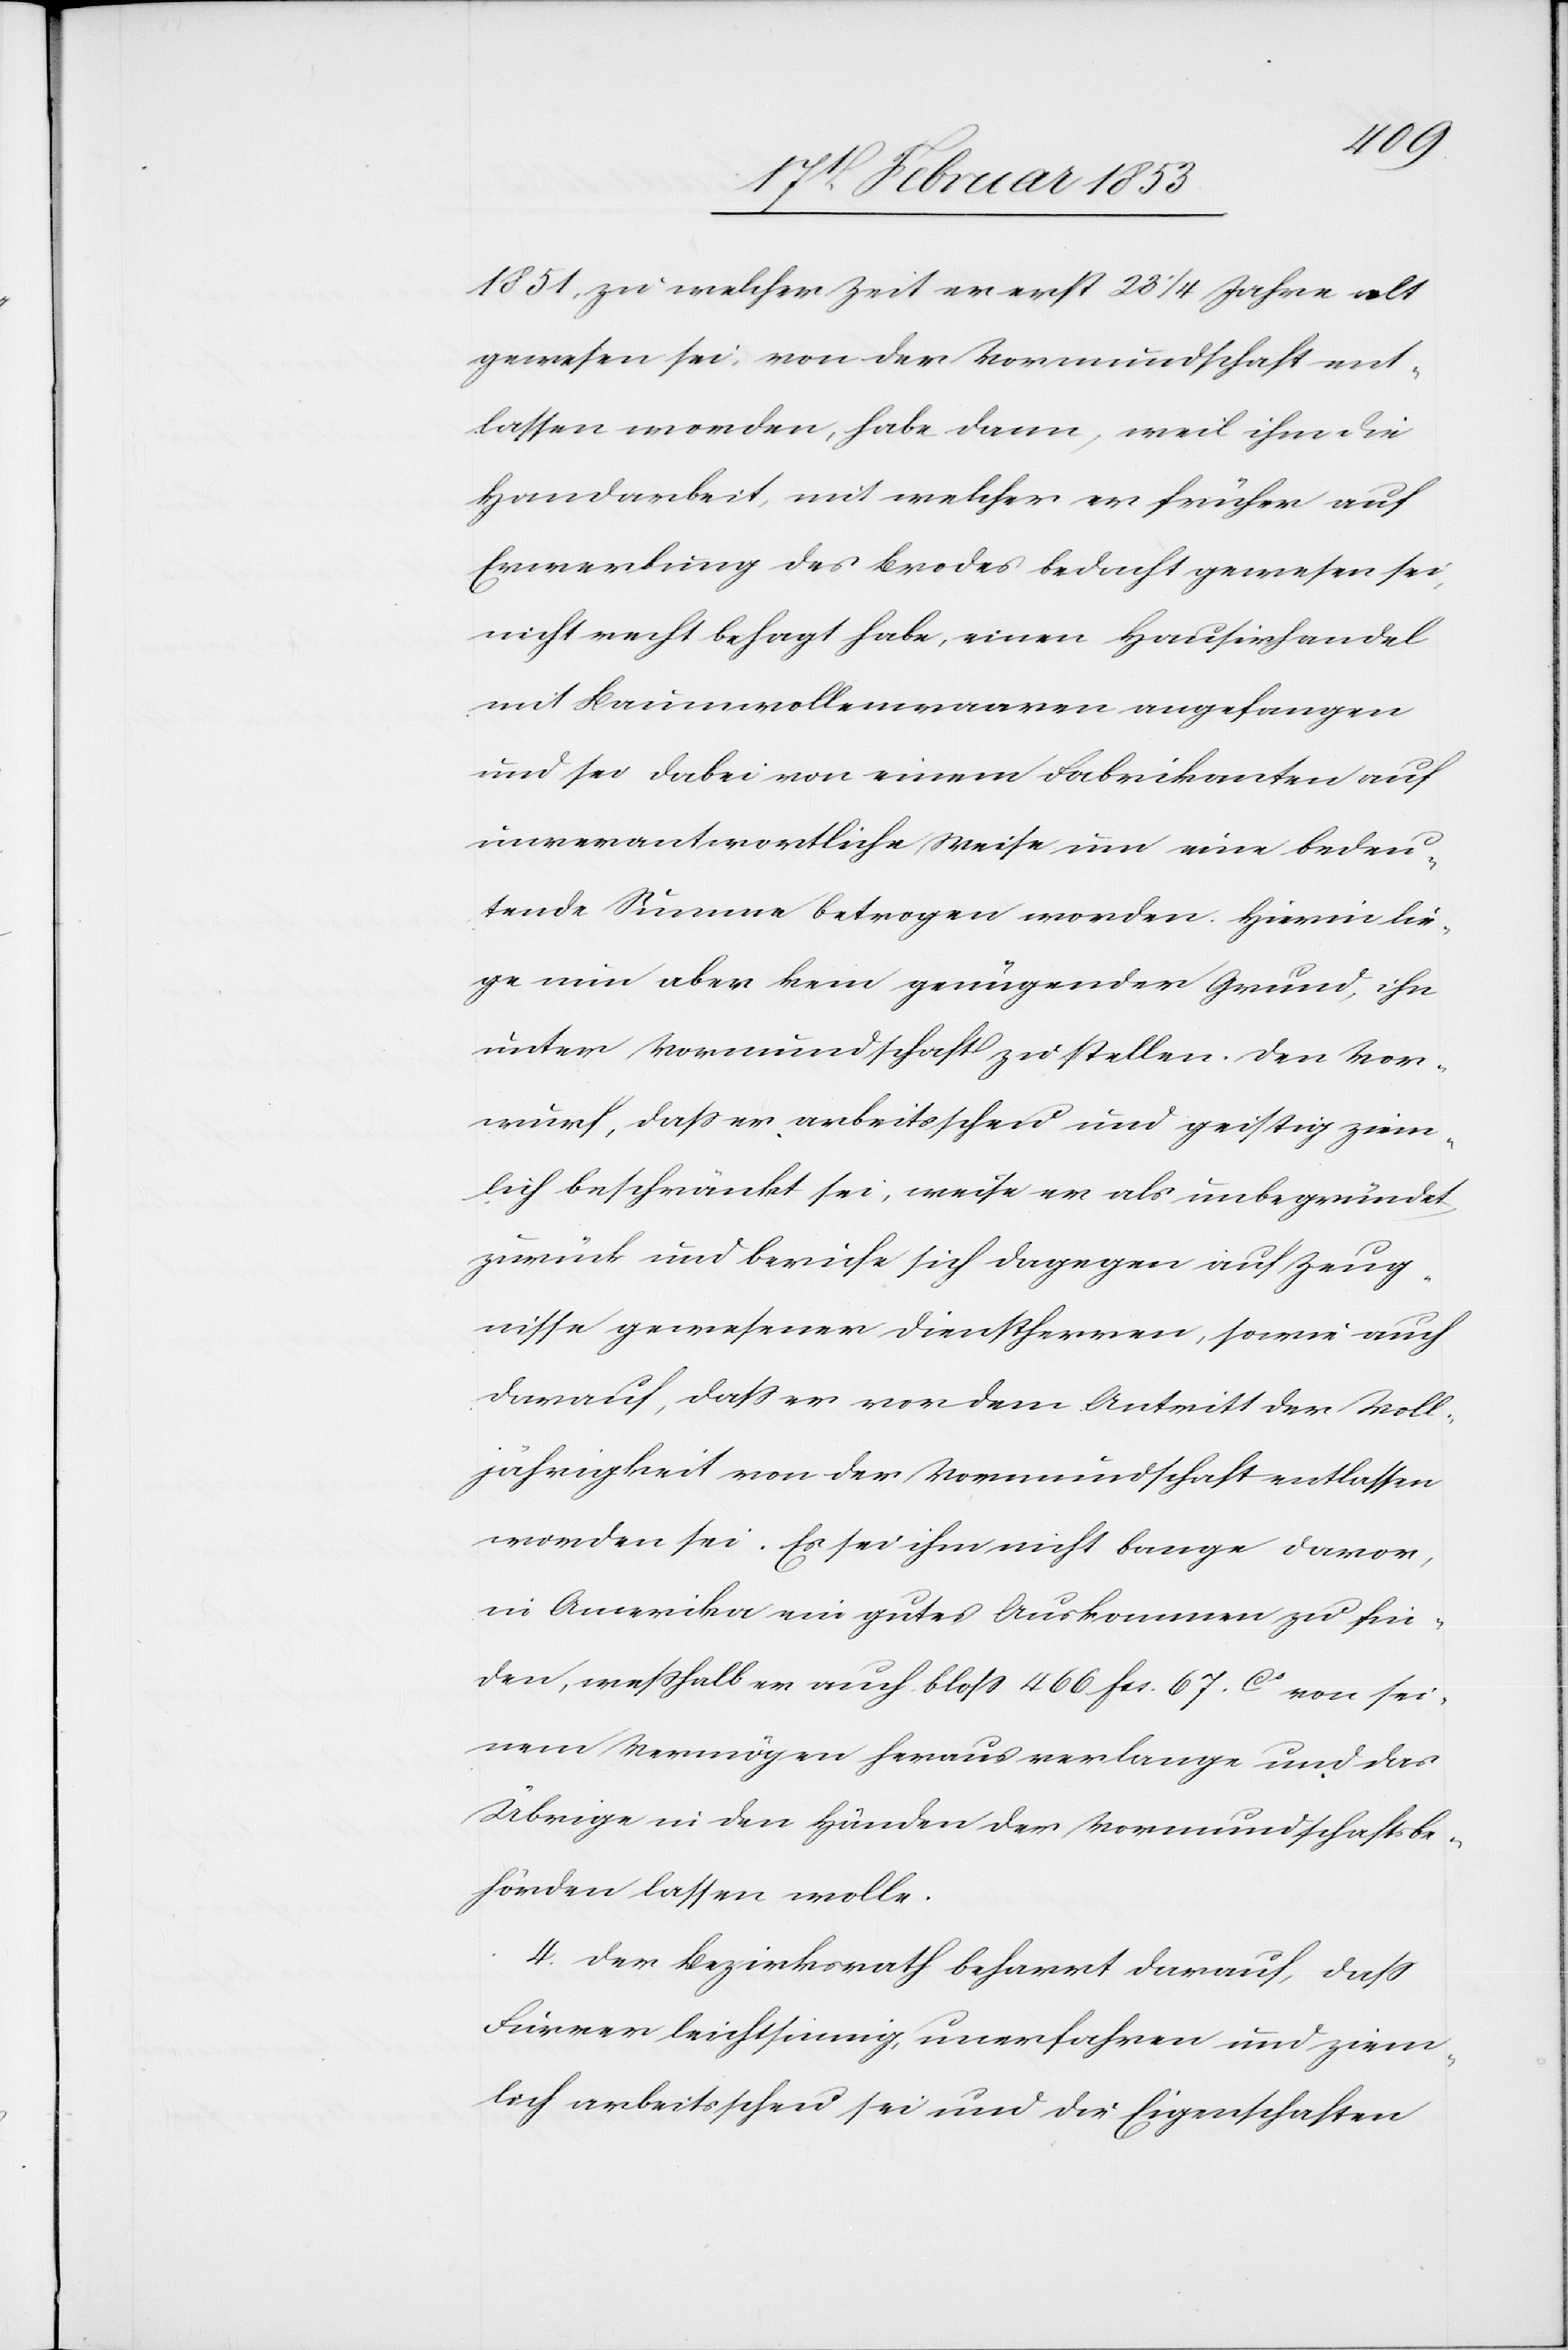
1851, zu welcher Zeit er erst 23 1/4 Jahre
gewesen sei, von der Vormundschaft ent¬
lassen worden, habe dann, weil ihm die
Handarbeit, mit welcher er früher auf
Erwerbung des Brodes bedacht gewesen sei,
nicht recht behagt habe, einen Hausirhandel
mit Baumwollenwaaren angefangen
und sei dabei von einem Fabrikanten auf
unverantwortliche Weise um eine bedeu¬
tende Summe betrogen worden. Hierin lie¬
ge nun aber kein genügender Grund, ihn
unter Vormundschaft zu stellen. Den Vor¬
wurf, daß er arbeitsscheu und geistig ziem¬
lich beschränkt sei, weise er als unbegründet
zurück und berufe sich dagegen auf Zeug¬
nisse gewesener Dienstherren, sowie auch
darauf, daß er vor dem Antritt der Voll¬
jährigkeit von der Vormundschaft entlassen
worden sei. Es sei ihm nicht bange davor,
in Amerika ein gutes Auskommen zu fin¬
den, weßhalb er auch bloß 466 frs. 67 cs von sei¬
nem Vermögen heraus verlange und das
Übrige in den Händen der Vormundschaftsbe¬
hörde lassen wolle.
4. Der Bezirksrath beharrt darauf, daß
Furrer leichtsinnig, unerfahren und ziem¬
lich arbeitsscheu sei und die Eigenschaften